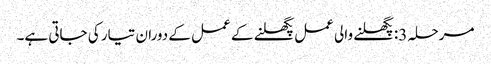
مرحلہ 3: پگھلنے والی عمل پگھلنے کے عمل کے دوران تیار کی جاتی ہے۔